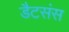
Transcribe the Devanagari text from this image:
डैटसंस